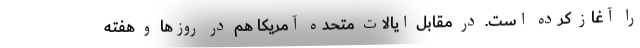
را آغاز کرده است. در مقابل ایالات متحده آمریکا هم در روزها و هفته